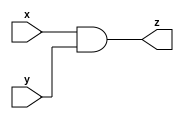
`timescale 1ns/10ps

module and_gate_5 (x, y, z);
  //parameter 5;
  input [4:0] x;
  input [4:0] y;
  output [4:0] z;
  
  assign z = (x&y) ;
  
  
endmodule